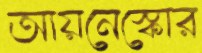
আয়নেস্কোর